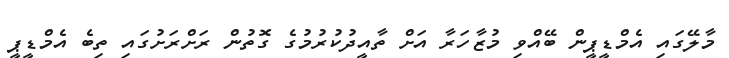
މާލޭގައި އެމްޑީޕީން ބޭއްވި މުޒާހަރާ އަށް ތާއީދުކުރުމުގެ ގޮތުން ރަށްރަށުގައި ތިބެ އެމްޑީޕީ